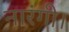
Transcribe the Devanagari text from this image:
नारंगी।